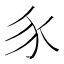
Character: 𧰨